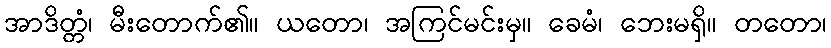
အာဒိတ္တံ၊ မီးတောက်၏။ ယတော၊ အကြင်မင်းမှ။ ခေမံ၊ ဘေးမရှိ။ တတော၊